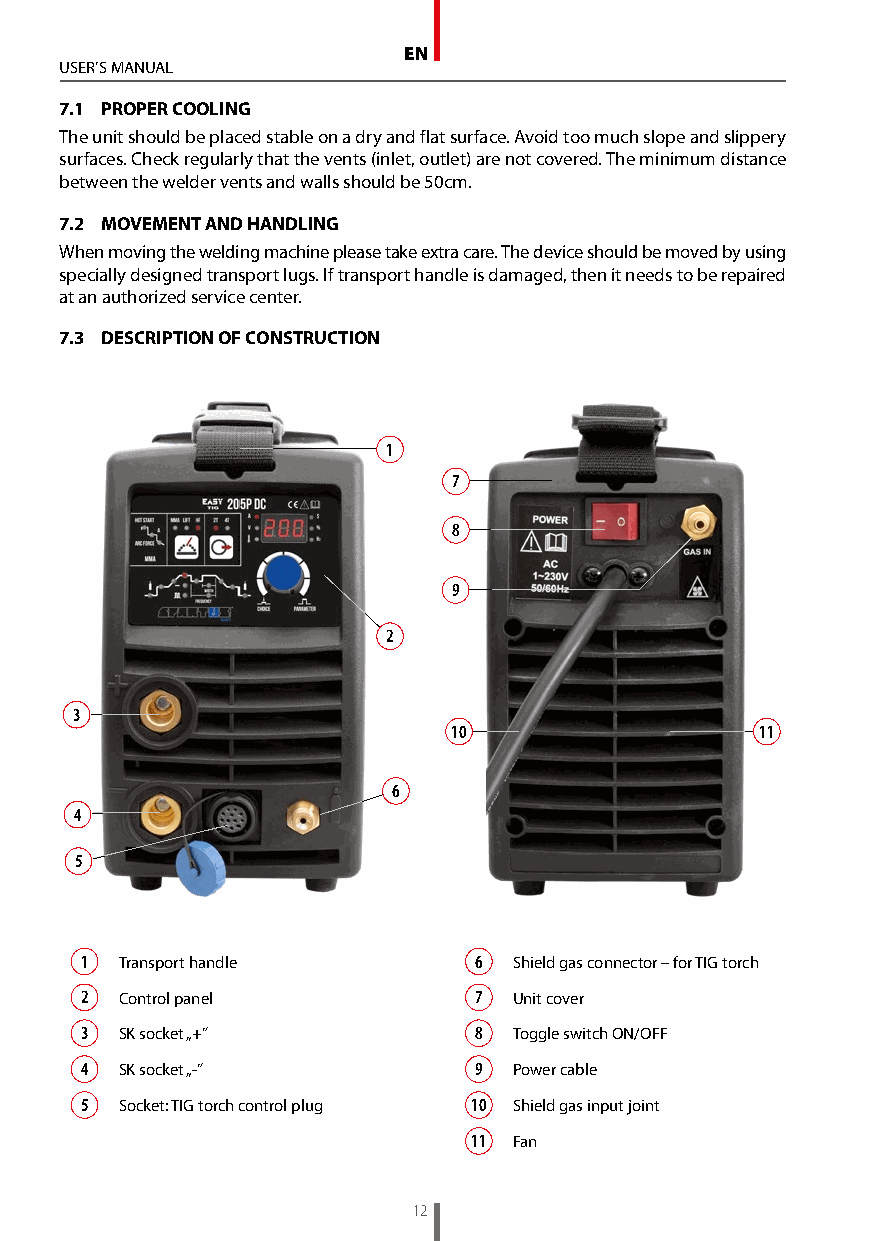
EN
 USER’S MANUAL
 7.1 PROPER COOLING
 The unit should be placed stable on a dry and flat surface. Avoid too much slope and slippery
 surfaces. Check regularly that the vents (inlet, outlet) are not covered. The minimum distance
 between the welder vents and walls should be 50cm.
 7.2 MOVEMENT AND HANDLING
 When moving the welding machine please take extra care. The device should be moved by using
 specially designed transport lugs. If transport handle is damaged, then it needs to be repaired
 at an authorized service center.
 7.3 DESCRIPTION OF CONSTRUCTION
 1
 7
 8
 9
 2
 3
 10                  11
 6
 4
 5
 1  Transport handle       6  Shield gas connector – for TIG torch
 2  Control panel          7  Unit cover
 3  SK socket „+”          8  Toggle switch ON/OFF
 4  SK socket „-”          9  Power cable
 5  Socket: TIG torch control plug 10 Shield gas input joint
 11 Fan
 12